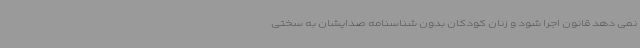
نمی دهد قانون اجرا شود و زنان کودکان بدون شناسنامه صدایشان به سختی